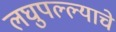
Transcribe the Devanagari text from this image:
लघुपल्ल्याचे